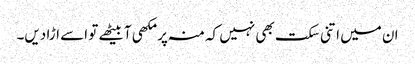
ان میں اتنی سکت بھی نہیں کہ منہ پر مکھی آبیٹھے تو اسے اڑا دیں۔